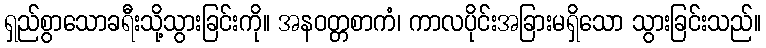
ရှည်စွာသောခရီးသို့သွားခြင်းကို။ အနဝတ္တစာကံ၊ ကာလပိုင်းအခြားမရှိသော သွားခြင်းသည်။